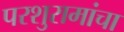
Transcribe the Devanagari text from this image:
परशुरामांचा